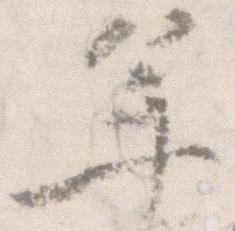
年